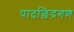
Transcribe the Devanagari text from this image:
पादछिद्रगण